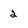
Character: 2